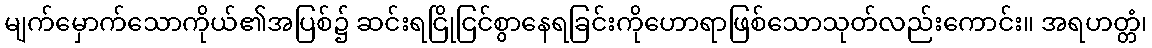
မျက်မှောက်သောကိုယ်၏အပြစ်၌ ဆင်းရငြိုငြင်စွာနေရခြင်းကိုဟောရာဖြစ်သောသုတ်လည်းကောင်း။ အရဟတ္တံ၊